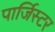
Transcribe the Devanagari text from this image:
पार्जिस्टर